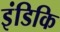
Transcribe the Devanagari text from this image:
इंडिकि